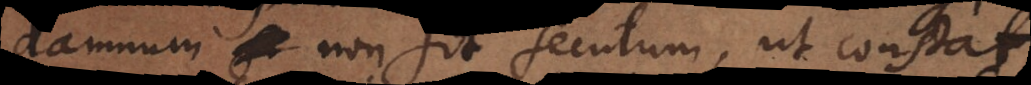
damnum non sit secutum, ut consta